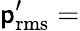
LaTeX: \mathsf{p}_{\mathrm{{rms}}}^{\prime}=